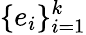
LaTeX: \{ e_{i}\} _{i=1}^{k}